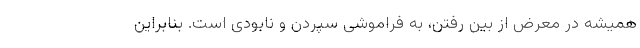
همیشه در معرض از بین رفتن، به فراموشی سپردن و نابودی است. بنابراین